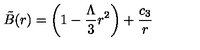
\tilde { B } ( r ) = \left( 1 - \frac { \Lambda } { 3 } r ^ { 2 } \right) + \frac { c _ { 3 } } { r }